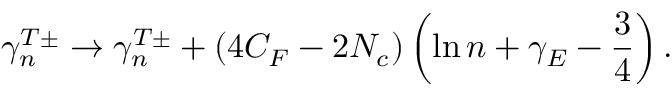
\gamma _ { n } ^ { T \pm } \rightarrow \gamma _ { n } ^ { T \pm } + ( 4 C _ { F } - 2 N _ { c } ) \left( \ln n + \gamma _ { E } - \frac { 3 } { 4 } \right) .